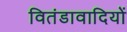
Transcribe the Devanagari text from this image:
वितंडावादियों